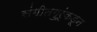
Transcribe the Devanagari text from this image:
संगीतगुरूंकडून